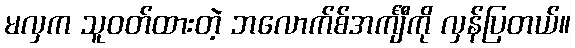
မလှက သူဝတ်ထားတဲ့ ဘလောက်စ်အင်္ကျီကို လှန်ပြတယ်။